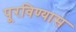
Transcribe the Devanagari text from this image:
पूरविण्यास